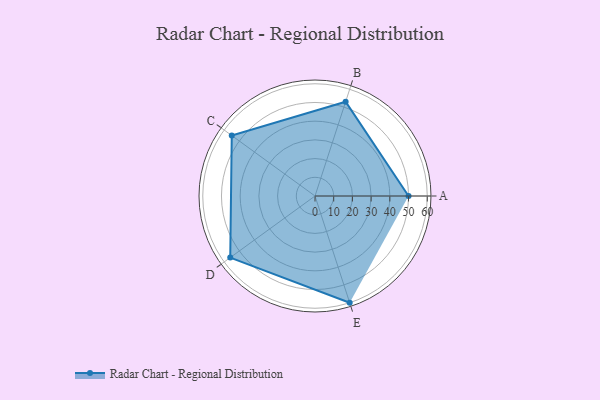
{"axis": {"x": "Skill", "y": "Score"}, "legend": ["Profile"], "data": [{"x": "A", "y": 50.0, "type": "Profile"}, {"x": "B", "y": 53.0, "type": "Profile"}, {"x": "C", "y": 55.0, "type": "Profile"}, {"x": "D", "y": 56.0, "type": "Profile"}, {"x": "E", "y": 60.0, "type": "Profile"}]}